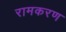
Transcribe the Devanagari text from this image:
रामकरण